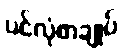
ပင်လုံစာချုပ်